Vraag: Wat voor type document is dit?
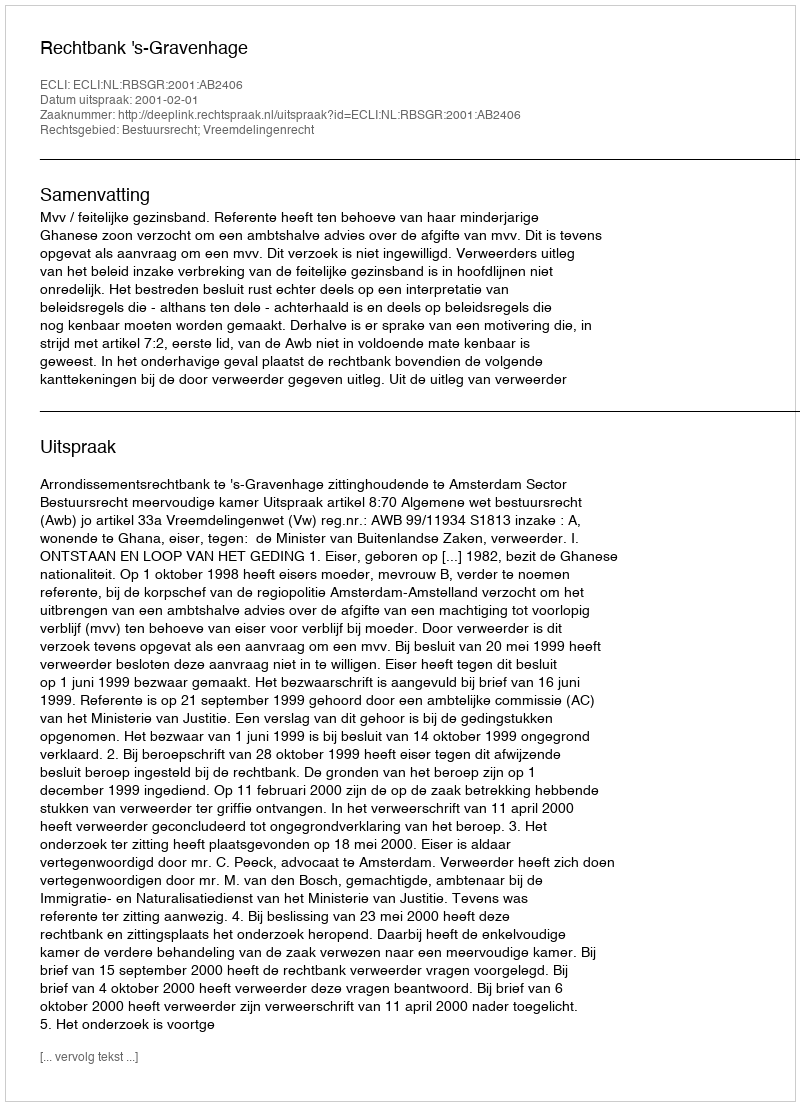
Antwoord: Uitspraak